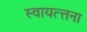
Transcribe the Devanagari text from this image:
स्वायत्त्तना